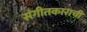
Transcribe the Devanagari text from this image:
संगीतकाराची